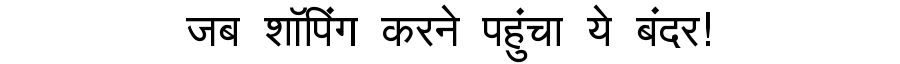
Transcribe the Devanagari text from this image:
जब शॉपिंग करने पहुंचा ये बंदर!